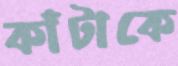
কাঁটাকে